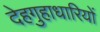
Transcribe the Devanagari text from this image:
देहगुहाधारियों